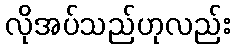
လိုအပ်သည်ဟုလည်း